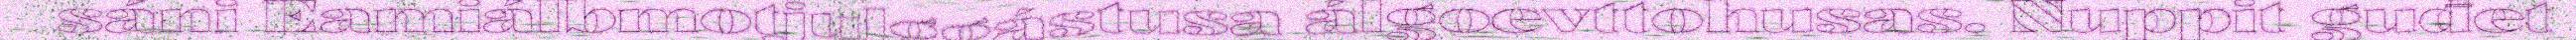
sáni Eamiálbmotjulggástusa álgoevttohusas. Nuppit guđet